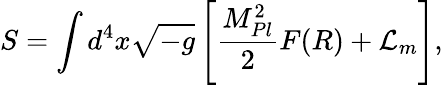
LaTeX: S=\int d^{4}x\sqrt{-g}\left[\frac{M_{Pl}^{2}}{2}F(R)+{\cal L}_{m}\right],